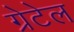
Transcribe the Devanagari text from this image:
ग्रेटेल